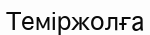
Теміржолға